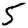
Digit: 5